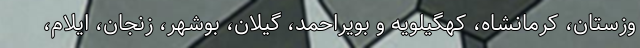
وزستان، کرمانشاه، کهگیلویه و بویراحمد، گیلان، بوشهر، زنجان، ایلام،